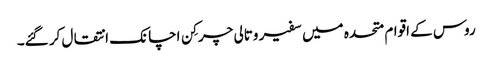
روس کے اقوام متحدہ میں سفیر وتالی چرکِن اچانک انتقال کر گئے۔